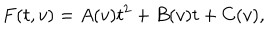
F ( t , v ) = A ( v ) t ^ { 2 } + B ( v ) t + C ( v ) ,